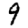
Digit: 9